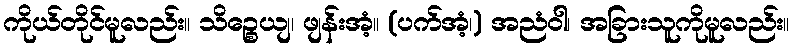
ကိုယ်တိုင်မူလည်း။ သိဉ္စေယျ၊ ဖျန်းအံ့။ (ပက်အံ့၊) အညံဝါ၊ အခြားသူကိုမူလည်း။